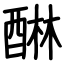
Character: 醂